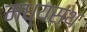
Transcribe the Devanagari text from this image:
मध्‍यस्‍थ